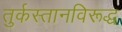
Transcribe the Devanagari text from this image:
तुर्कस्तानविरूद्ध